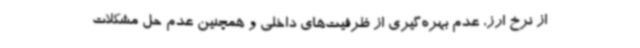
از نرخ ارز، عدم بهره‌گیری از ظرفیت‌های داخلی و همچنین عدم حل مشکلات